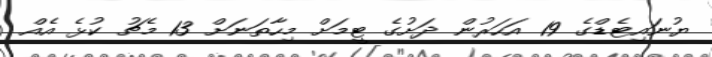
ޔުނައިޓެޑްގެ 19 އަހަރުން ދަށުގެ ޓީމަށް މިހާތަނަށް 13 މެޗު ކުޅެ އެއް